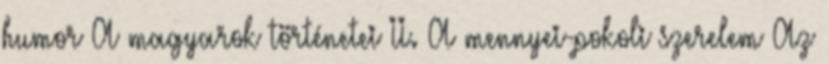
humor A magyarok történetei II. A mennyei-pokoli szerelem Az